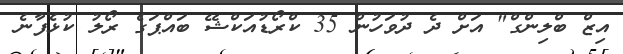
އިޒް ބްލިންގް" އަށް ދެ ދުވަހުން 35 ކްރޯޑުއަކްޝޭ ބައްޕަގެ ރޯލު ކުޅެފާނެ